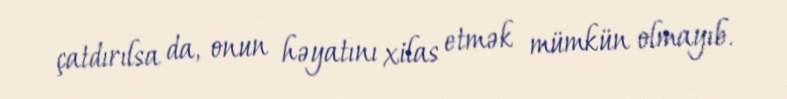
çatdırılsa da, onun həyatını xilas etmək mümkün olmayıb.